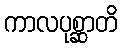
ကာလပုစ္ဆာတိ